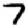
Digit: 7